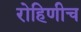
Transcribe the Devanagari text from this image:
रोहिणीच